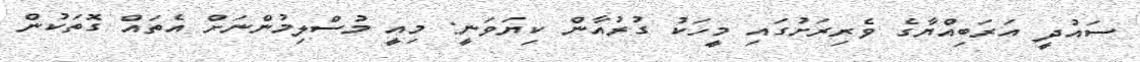
ސައުދީ އަރަބިއްޔާގެ ވެރިރަށުގައި މީހަކު ގުރުއާން ކިޔަވަނީ: މިއީ މުސްލިމުންނަށް އެތައް ގޮތަކުން